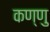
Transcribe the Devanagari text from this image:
कण्णु